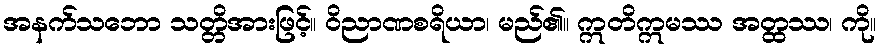
အနက်သဘော သတ္တိအားဖြင့်။ ဝိညာဏစရိယာ၊ မည်၏။ ဣတိဣမဿ အတ္ထဿ၊ ကို။